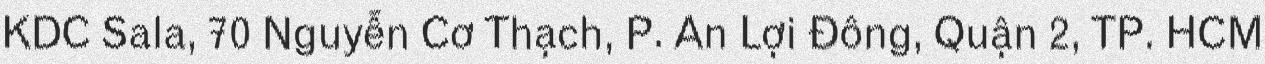
KDC Sala, 70 Nguyễn Cơ Thạch, P. An Lợi Đông, Quận 2, TP. HCM